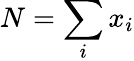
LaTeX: N=\sum_{i}x_{i}